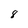
Character: 8